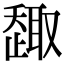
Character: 𠮋